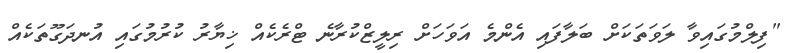
"ފިލްމުގައިވާ ލަވަތަކަށް ބަލާފައި އެންމެ އަވަހަށް ރިލީޒްކުރާނެ ޓްރެކެއް ޚިޔާރު ކުރުމުގައި އުނދަގޫތަކެއް